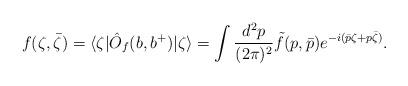
LaTeX: \begin{align*}f (\zeta,{\bar \zeta} )= \langle \zeta| \hat{O}_f(b,b^+ )| \zeta \rangle =\int { d^2p \over (2\pi)^2}\tilde{f}(p, {\bar p } ) e^{-i( \bar p \zeta + p \bar \zeta) } .\end{align*}